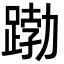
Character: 𮛱